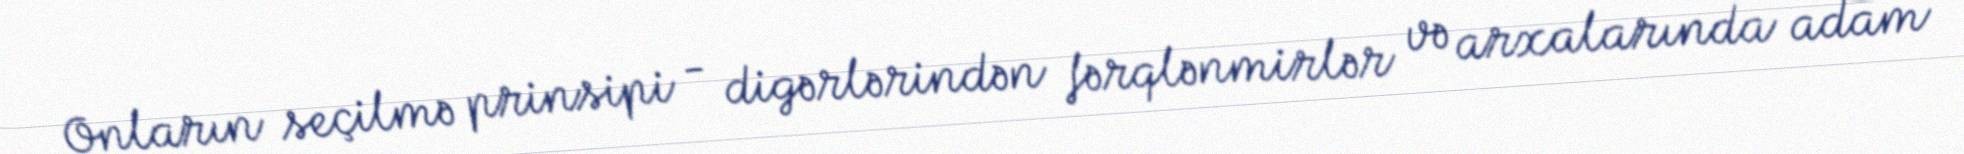
Onların seçilmə prinsipi - digərlərindən fərqlənmirlər və arxalarında adam